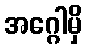
အဂ္ဂေါမှိ